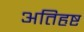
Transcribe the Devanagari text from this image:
अतिहृष्ट